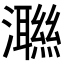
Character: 𭳝